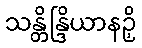
သန္တိန္ဒြိယာနဉှိ